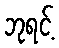
ဘုရင့်